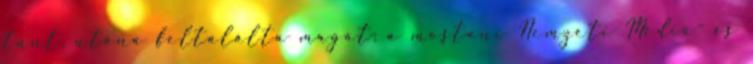
tűnt, utána feltalálta magát: a mostani Nemzeti Média- és